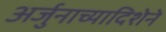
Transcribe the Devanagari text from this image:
अर्जुनाच्यादिशेने